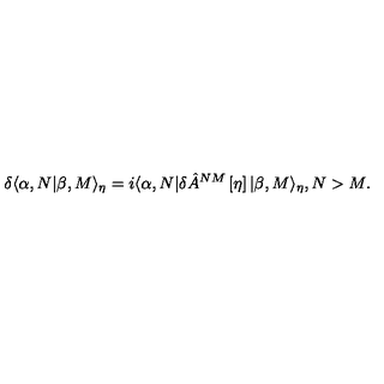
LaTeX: \delta \langle \alpha , N | \beta , M \rangle _ { \eta } = i \langle \alpha , N | \delta \hat { A } ^ { N M } \left[ \eta \right] | \beta , M \rangle _ { \eta } , N > M .